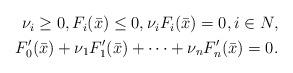
LaTeX: \begin{align*}\begin{aligned}\nu_i\geq 0,F_i(\bar{x})\leq 0, \nu_i F_i(\bar{x})=0,i \in N,\\F_0^\prime (\bar{x}) + \nu_1 F_1^\prime (\bar{x}) + \dots + \nu_n F_n^\prime (\bar{x}) = 0.\end{aligned}\end{align*}